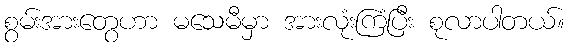
စွမ်းအားတွေဟာ မသေမီမှာ အားလုံးကြံပြီး စုလာပါတယ်။